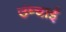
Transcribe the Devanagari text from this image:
उंम्चाई